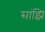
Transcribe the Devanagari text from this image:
सांझि